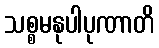
သစ္စမနုပါပုဏာတိ